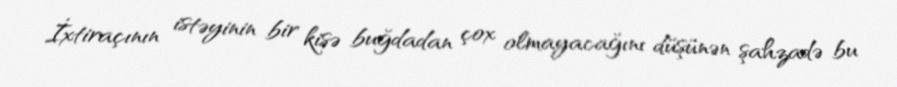
İxtiraçının istəyinin bir kisə buğdadan çox olmayacağını düşünən şahzadə bu